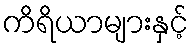
ကိရိယာများနှင့်